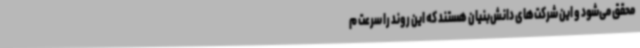
محقق می‌شود و این شرکت‌های دانش‌بنیان هستند که این روند را سرعت م